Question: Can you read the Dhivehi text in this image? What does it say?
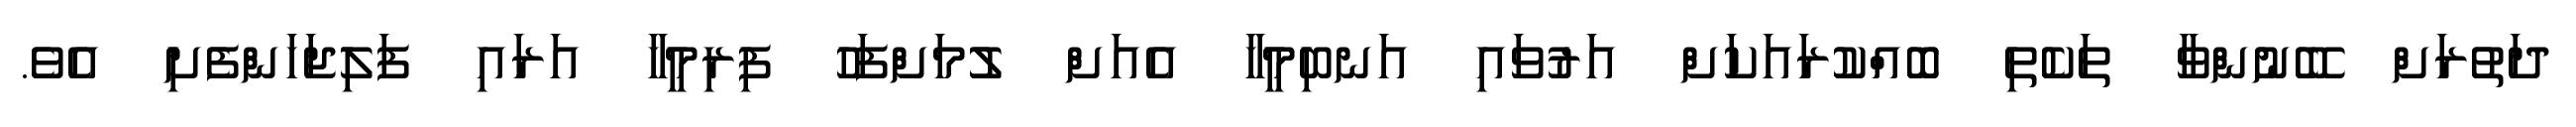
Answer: ދަތުރަށް ބޭނުންވާ ތަކެތި ބޮއްކުރައަކަށް އަރުވައި އަނބިމީހާ އެއަށް ލުމަށްފަހު ފިރިމީހާ އަރައި ފަލިޖަހަންފެށި އެވެ.